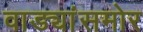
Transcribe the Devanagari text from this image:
वाड्यांसमोर